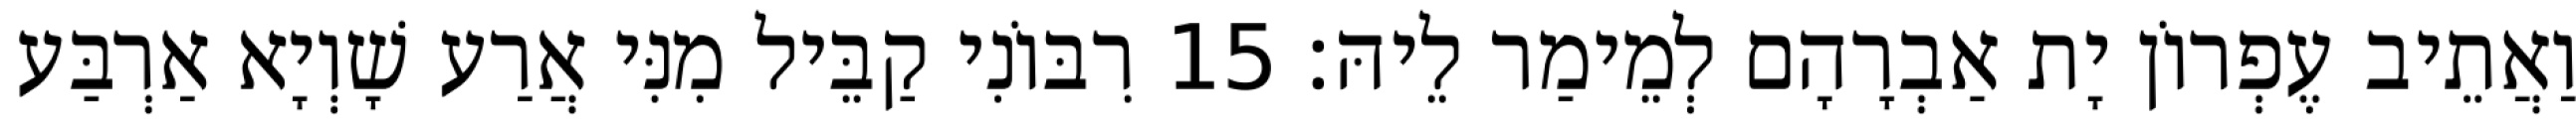
וַאֲתֵיב עֶפְרוֹן יָת אַבְרָהָם לְמֵימַר לֵיהּ׃ 15 רִבּוֹנִי קַבֵּיל מִנִּי אֲרַע שָׁוְיָא אַרְבַּע